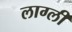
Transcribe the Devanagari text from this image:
लाग्ली